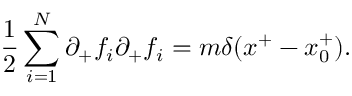
{ \frac { 1 } { 2 } } \sum _ { i = 1 } ^ { N } \partial _ { + } f _ { i } \partial _ { + } f _ { i } = m \delta ( x ^ { + } - x _ { 0 } ^ { + } ) .